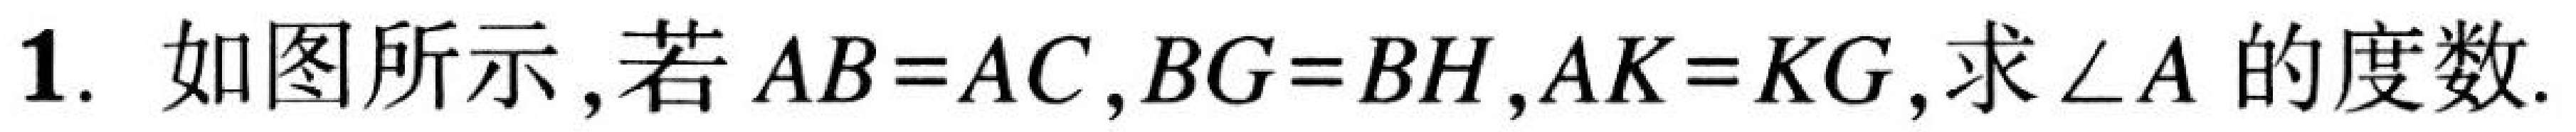
1. 如图所示,若$AB = AC,BG = BH,AK = KG$,求$\angle A$的度数.